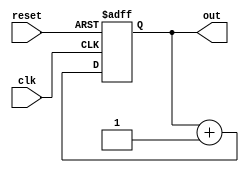
module up_counter(
  input clk,reset,
  output reg [7:0]out);
  always @(posedge clk or posedge reset)
    begin
      if(reset)
        out<=0;
      else
        out<=out+1;
    end
endmodule